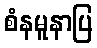
စံနမူနာပြ